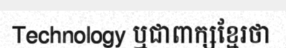
Technology ឬជាពាក្សខ្មែរថា